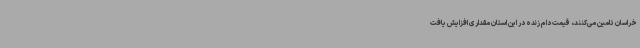
خراسان تامین می‌کنند، قیمت دام زنده در این استان مقداری افزایش یافت